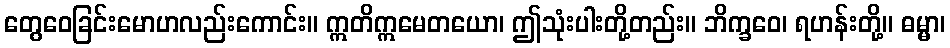
တွေဝေခြင်းမောဟလည်းကောင်း။ ဣတိဣမေတယော၊ ဤသုံးပါးတို့တည်း။ ဘိက္ခဝေ၊ ရဟန်းတို့။ ဓမ္မာ၊